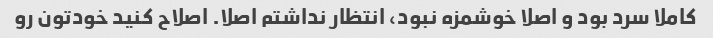
کاملا سرد بود و اصلا خوشمزه نبود، انتظار نداشتم اصلا. اصلاح کنید خودتون رو